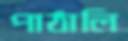
পাঠালি